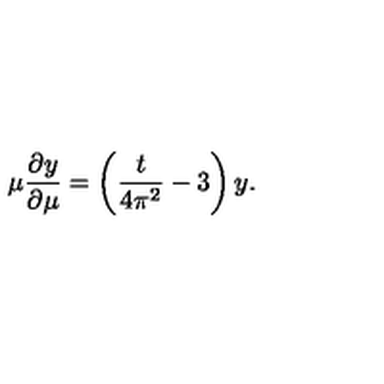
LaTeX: \mu \frac { \partial y } { \partial \mu } = \left( \frac { t } { 4 \pi ^ { 2 } } - 3 \right) y .